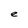
Character: e